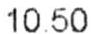
10.50